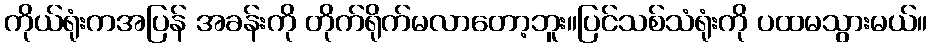
ကိုယ်ရုံးကအပြန် အခန်းကို တိုက်ရိုက်မလာတော့ဘူး။ပြင်သစ်သံရုံးကို ပထမသွားမယ်။